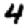
Digit: 4